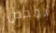
بمحض